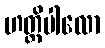
ဟတ္ထိပါလော